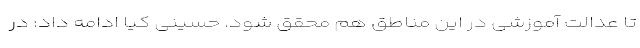
تا عدالت آموزشی در این مناطق هم محقق شود. حسینی کیا ادامه داد: در